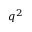
q ^ { 2 }